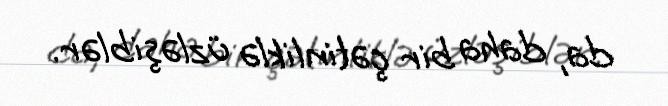
da, daha bir çətinliklə üzləşiblər.